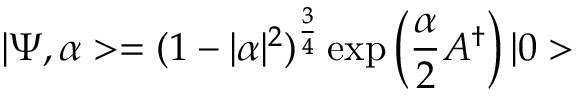
| \Psi , \alpha > = ( 1 - | \alpha | ^ { 2 } ) ^ { \frac { 3 } { 4 } } \exp \left( \frac { \alpha } { 2 } A ^ { \dagger } \right) | 0 >